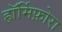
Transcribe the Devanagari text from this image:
हॉर्मिफ़ोरा